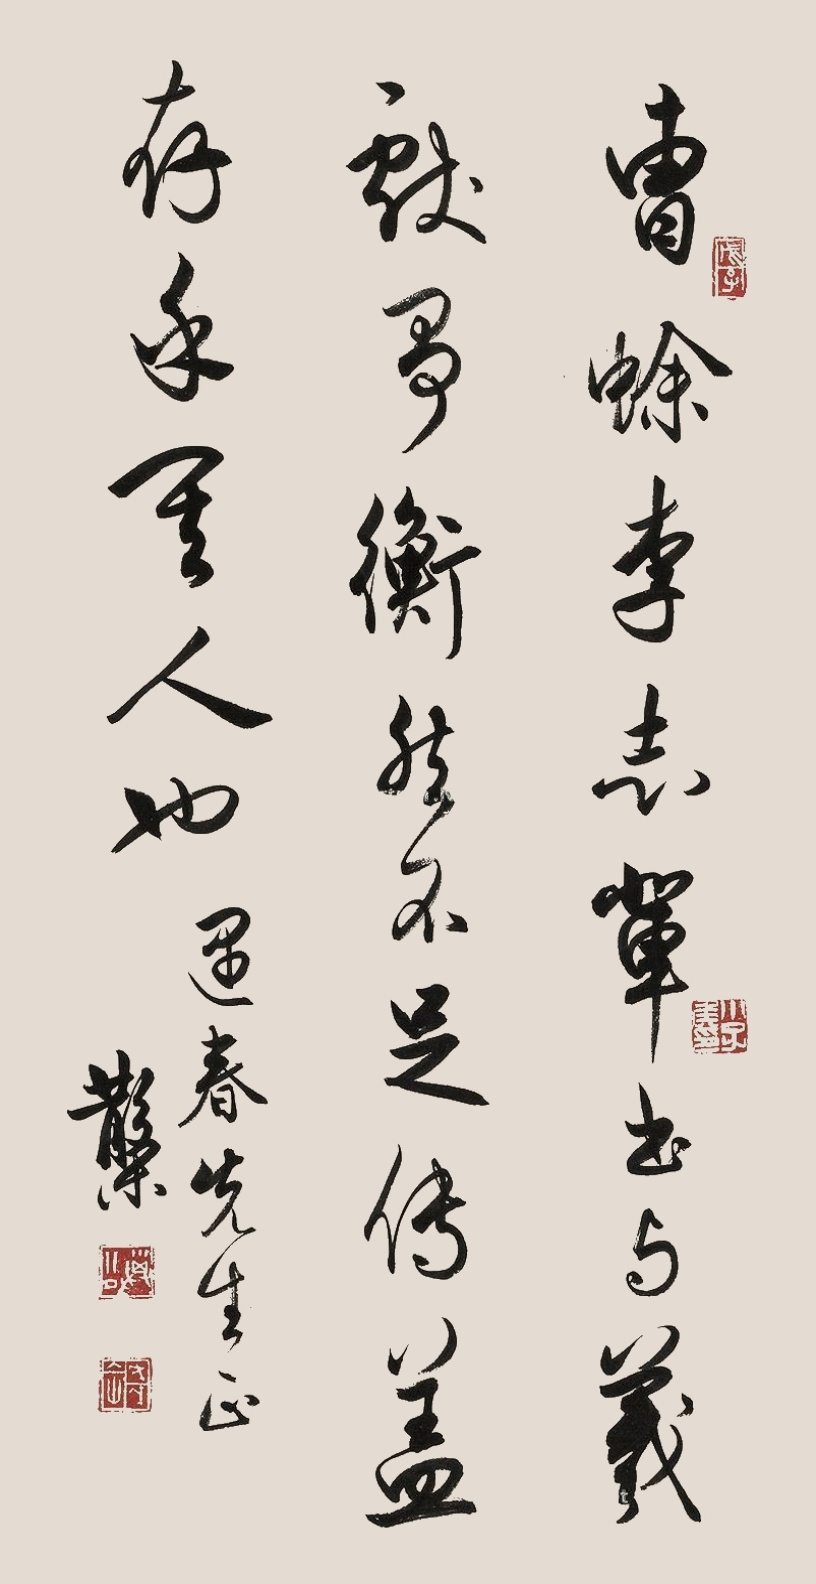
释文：曹蜍李志辈书，与羲献争衡，然不足传，盖存乎其人也。遇春先生正，散木。